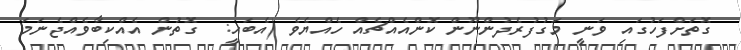
ގޮތަށްފަހުގައި ވަނީ މަގުފުރެދުންނޫން ކޮންއެއްޗެއް ހެއްޔެވެ (އެބަހީ:  ގޮތުން އެއްކިބާވެއްޖެނަމަ